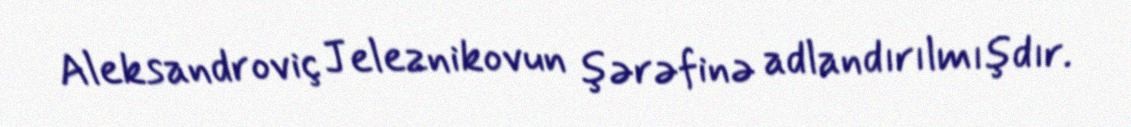
Aleksandroviç Jeleznikovun şərəfinə adlandırılmışdır.